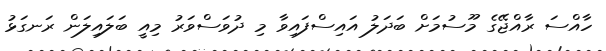
ހާއްސަ ރާއްޖޭގެ މޫސުމަށް ބަދަލު އައިސްފައިވާ މި ދުވަސްވަރު މިއީ ބަލައިލަން ރަނގަޅު